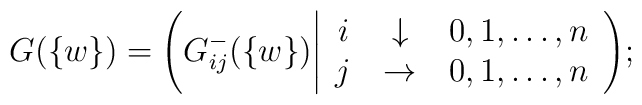
G(\{w\})=\Bigg(G^-_{ij}(\{w\})\Bigg|  \left.\matrix{i&\downarrow& 0,1,\ldots,n\cr                j&\rightarrow& 0,1,\ldots,n\cr}\right.\Bigg);